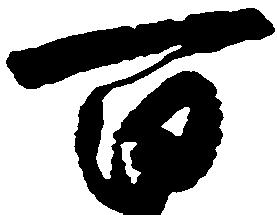
百